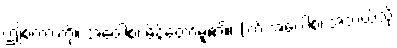
ဤစကားကို။ အဝေါစ၊ မိန့်တော်မူ၏။ (ကိံ အဝေါစ၊ အဘယ်သို့